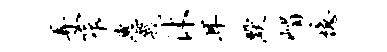
弄窄惠几沐耳默嵋忆